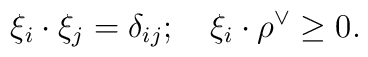
\xi _{i}\cdot \xi _{j}=\delta _{ij};\quad \xi _{i}\cdot \rho ^{\vee }\geq 0.